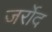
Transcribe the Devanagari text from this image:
जर्रोद